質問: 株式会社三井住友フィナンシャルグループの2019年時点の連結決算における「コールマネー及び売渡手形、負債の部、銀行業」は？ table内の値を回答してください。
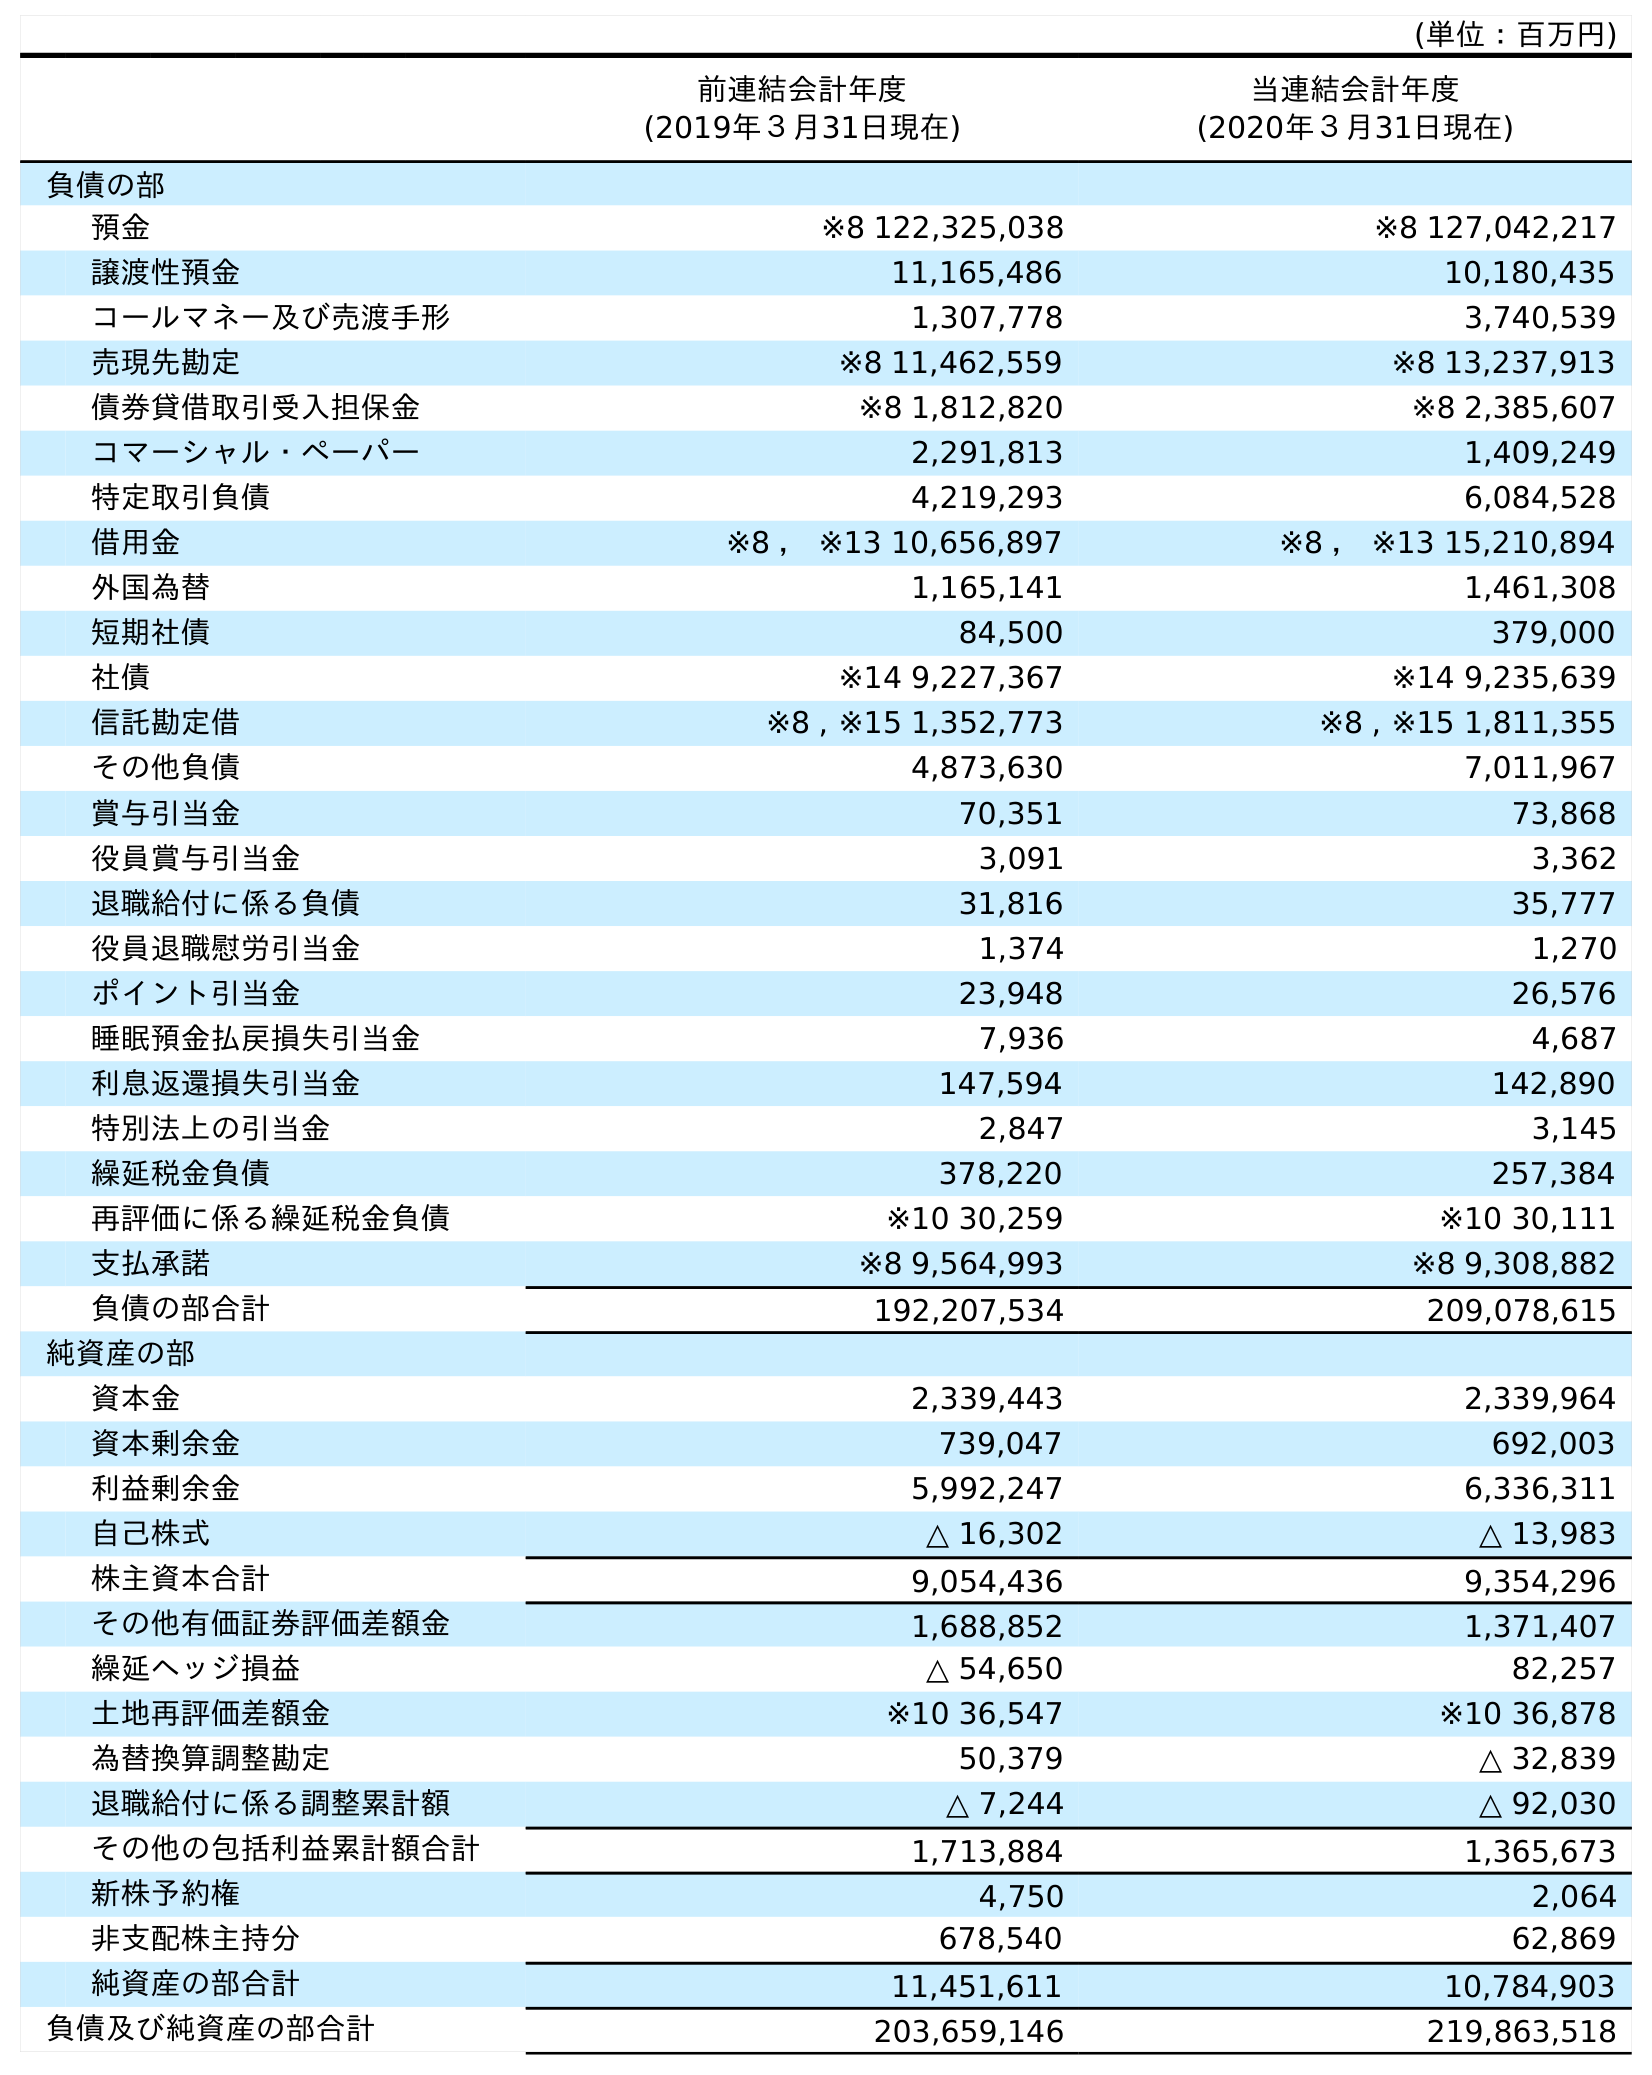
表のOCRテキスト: (単位：百万円) 前連結会計年度 (2019年３月31日現在) 当連結会計年度 (2020年３月31日現在) 負債の部 預金 ※8 122,325,038 ※8 127,042,217 譲渡性預金 11,165,486 10,180,435 コールマネー及び売渡手形 1,307,778 3,740,539 売現先勘定 ※8 11,462,559 ※8 13,237,913 債券貸借取引受入担保金 ※8 1,812,820 ※8 2,385,607 コマーシャル・ペーパー 2,291,813 1,409,249 特定取引負債 4,219,293 6,084,528 借用金 ※8 ， ※13 10,656,897 ※8 ， ※13 15,210,894 外国為替 1,165,141 1,461,308 短期社債 84,500 379,000 社債 ※14 9,227,367 ※14 9,235,639 信託勘定借 ※8 , ※15 1,352,773 ※8 , ※15 1,811,355 その他負債 4,873,630 7,011,967 賞与引当金 70,351 73,868 役員賞与引当金 3,091 3,362 退職給付に係る負債 31,816 35,777 役員退職慰労引当金 1,374 1,270 ポイント引当金 23,948 26,576 睡眠預金払戻損失引当金 7,936 4,687 利息返還損失引当金 147,594 142,890 特別法上の引当金 2,847 3,145 繰延税金負債 378,220 257,384 再評価に係る繰延税金負債 ※10 30,259 ※10 30,111 支払承諾 ※8 9,564,993 ※8 9,308,882 負債の部合計 192,207,534 209,078,615 純資産の部 資本金 2,339,443 2,339,964 資本剰余金 739,047 692,003 利益剰余金 5,992,247 6,336,311 自己株式 △ 16,302 △ 13,983 株主資本合計 9,054,436 9,354,296 その他有価証券評価差額金 1,688,852 1,371,407 繰延ヘッジ損益 △ 54,650 82,257 土地再評価差額金 ※10 36,547 ※10 36,878 為替換算調整勘定 50,379 △ 32,839 退職給付に係る調整累計額 △ 7,244 △ 92,030 その他の包括利益累計額合計 1,713,884 1,365,673 新株予約権 4,750 2,064 非支配株主持分 678,540 62,869 純資産の部合計 11,451,611 10,784,903 負債及び純資産の部合計 203,659,146 219,863,518
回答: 1,307,778